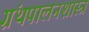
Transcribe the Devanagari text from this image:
ग्रंथपालनशास्त्र